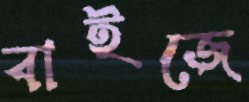
বাইজে